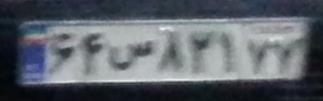
۶۴س۸۲۱۷۷